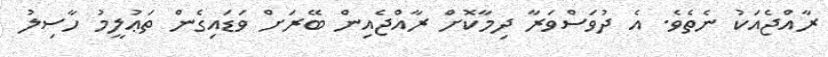
ރާއްޖެއަކު ނެތެވެ. އެ ދުވަސްވަރާ ދިމާކޮށް ރާއްޖެއިން ބޭރަށް ވަޑައިގެން ތަޢުލީމު ހާސިލު